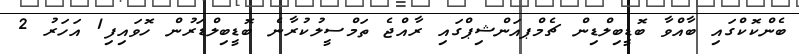
ބެންކޮކްގައި ބާއްވާ ބޮޑީބިލްޑިން ޗެމްޕއަންޝިޕްގައި ރާއްޖެ ތަމްސީލުކުރާނެ ބޮޑީބިލްޑަރުން ހޮވައިފި1 އަހަރު 2